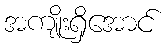
အကျိုးရှိအောင်